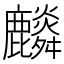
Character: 𪋲